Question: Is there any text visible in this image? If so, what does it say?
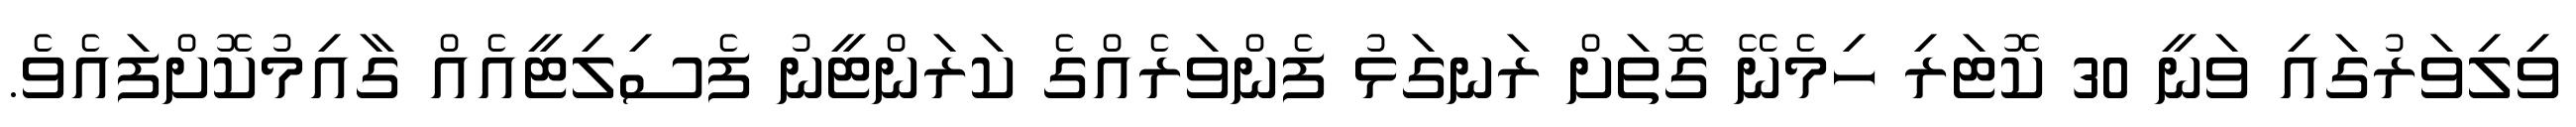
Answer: ވިލިވަރުގައި ވަނީ 30 ކޮޓަރި ހިމެނޭ ގޮތަށް ރަނގަޅު ފެންވަރެއްގެ ކަރަންޓީނު ފެސިލިޓީއެއް ގާއިމުކޮށްފައެވެ.